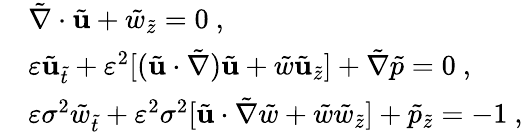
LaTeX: \begin{array}{rl}&{\tilde{\nabla}\cdot\tilde{\mathbf{u}}+\tilde{w}_{\tilde{z}}=0\ ,}\\ &{\varepsilon\tilde{\mathbf{u}}_{\tilde{t}}+\varepsilon^{2}[(\tilde{\mathbf{u}}\cdot\tilde{\nabla})\tilde{\mathbf{u}}+\tilde{w}\tilde{\mathbf{u}}_{\tilde{z}}]+\tilde{\nabla}\tilde{p}=0\ ,}\\ &{\varepsilon\sigma^{2}\tilde{w}_{\tilde{t}}+\varepsilon^{2}\sigma^{2}[\tilde{\mathbf{u}}\cdot\tilde{\nabla}\tilde{w}+\tilde{w}\tilde{w}_{\tilde{z}}]+\tilde{p}_{\tilde{z}}=-1\ ,}\end{array}